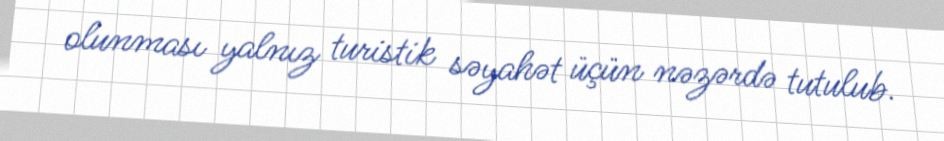
olunması yalnız turistik səyahət üçün nəzərdə tutulub.